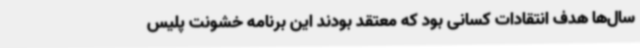
سال‌ها هدف انتقادات کسانی بود که معتقد بودند این برنامه خشونت پلیس